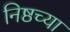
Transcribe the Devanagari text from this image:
निष्ठच्या